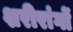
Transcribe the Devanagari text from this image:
शरीरांगों